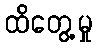
ထိတွေ့မှု